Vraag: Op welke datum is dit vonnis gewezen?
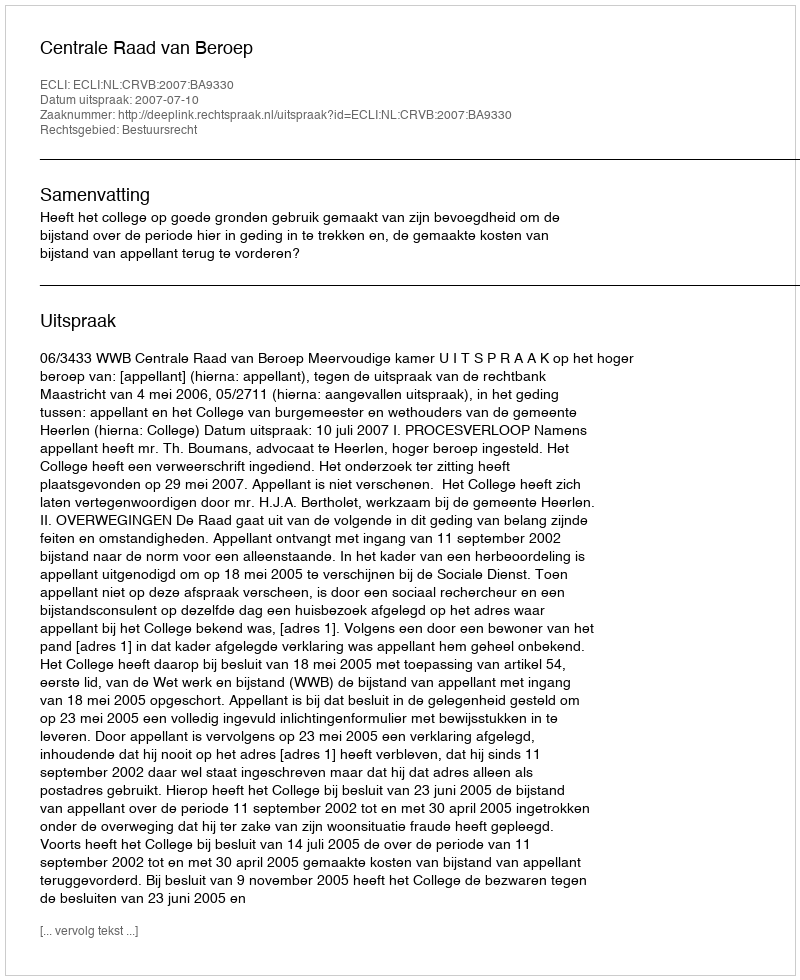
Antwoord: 2007-07-10